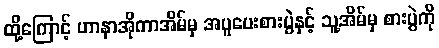
ထို့ကြောင့် ဟာနာအိုကာအိမ်မှ အပူပေးစားပွဲနှင့် သူ့အိမ်မှ စားပွဲကို